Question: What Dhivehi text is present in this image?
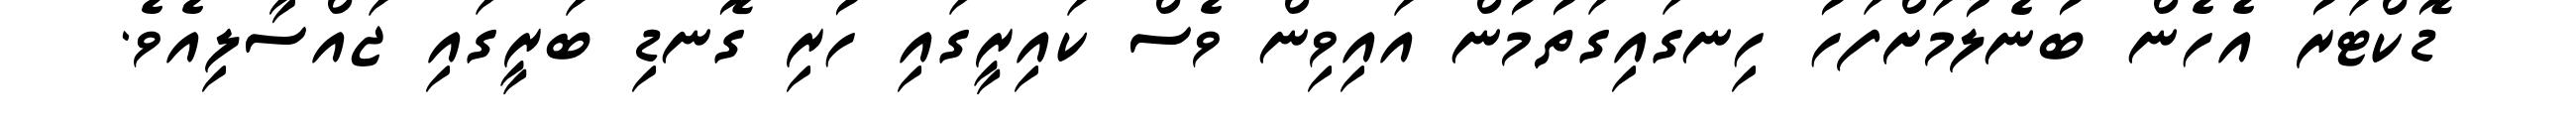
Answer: ޑޮކްޓަރު އެހެން ބުނެލުމަށްފަހު ހިނގައިގަތުމުން އައިވިން ވެސް ކައިރީގައި ހުރި ގޮނޑި ބަރީގައި ޖައްސާލިއެވެ.